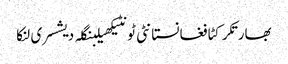
بھارتکرکٹافغانستانٹی ٹونٹیکھیلبنگلہ دیشسری لنکا